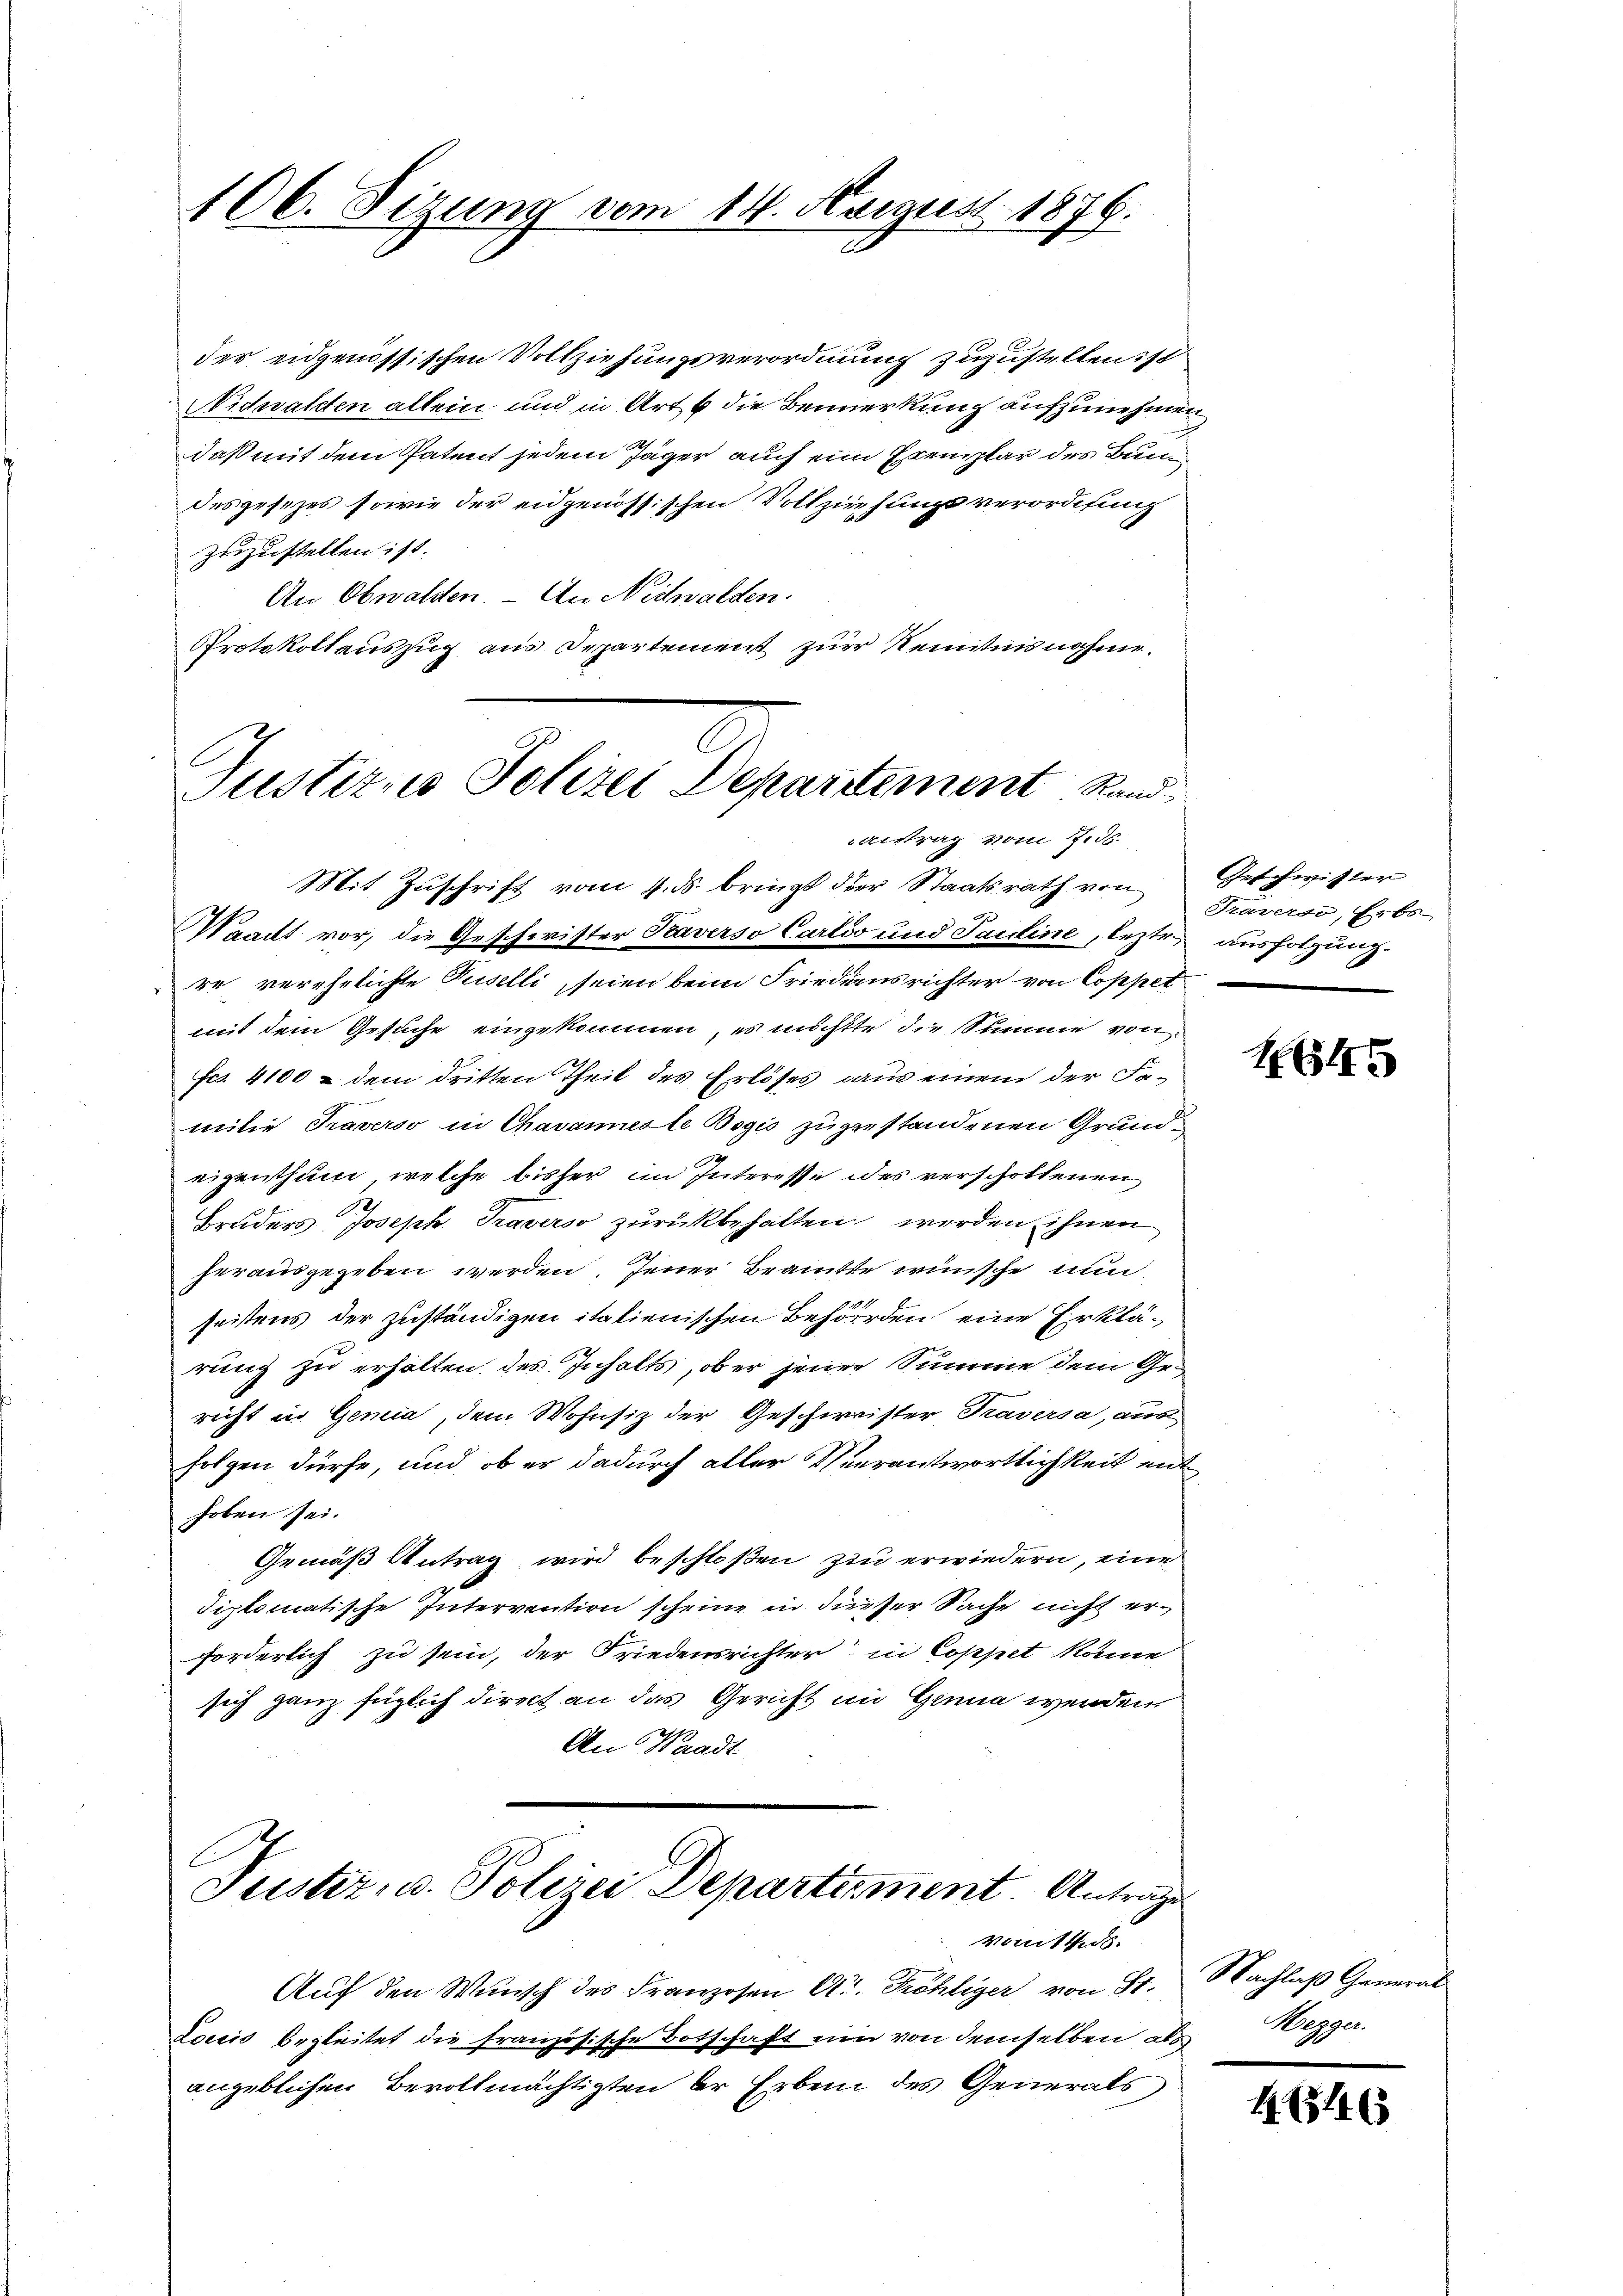
106. Sizung vom 14. August 1876.

der eidgenössischen Vollziehungsverordnung zuzustellen ist
Nidwalden allein und in Art 6 die Bemerkung aufzunehmen
daß mit dem Patent jedem Jäger auch ein Exemplar des Bun
desgesezes sowie der eidgenössischen Vollziehungsverordnung
zuzustellen ist.
An Obwalden. - An Nidwalden.
Protokollauszug aus Departement zur Kenntnisnahme.
Justizio Polizei Departement Rand-

aitrag vom 2. ds.

Mit Zŭschrift vom 4. ds. bringt der Staatsrath von Geschwister
Waadt vor, die Geschwister Kaverso Carlov und Sardine, lezte ausfolgung.
re verehelichte Tuselli, seien beim Friedensrichter von Coppet
mit dem Gesuche eingekommen, es möchtte die Summe von
Fco. 4100 & dem dritten Theil des Erlöses aus einem der Familie Traverso in Chavanneste Bogis zugestandenen Grundeigenthum, welche bisher im Interesse des verscholtenen
Bruders Joseph Traverso zurückbehalten werden ihnen
herausgegeben werden. Jener Beamte wünsche nun
seitens der zuständigen italienischen Behörden eine Erklärung zu erholten des Inhalts, ob er jener Summe dem Gericht in Gemia, dem Wohnsiz der Geschweister Traversa, aus
folgen dürfe, und ob er dadurch aller Verantwortlichkeit ent
hoben sei.
Gemäß Antrag wird beschloßen zu erwiedern, eine
diplomatische Intervention scheine in dieser Sache nicht erforderlich zu sein, der Friedensrichter in Coppet könne
sich ganz füglich direct an das Gericht im Genua werden
An Waadt
Justiz- u. Polizei Departirment. Anträge
vomiteid
Auf den Wunsch des Franzosen A. Fröhliger von St.
Loris begleitet die französische Botschaft ein von demselben ad Mezger.
angeblichen Bevollmächtigten der Erben des Generals,

Travers, Erbs-

H445

Nachlaß General

15146